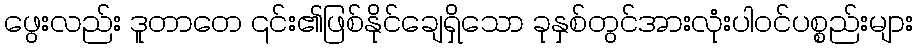
ဖွေးလည်း ဒူတာတေ ၎င်း၏ဖြစ်နိုင်ချေရှိသော ခုနှစ်တွင်အားလုံးပါဝင်ပစ္စည်းများ